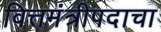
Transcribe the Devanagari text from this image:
वित्तमंत्रीपदाचा